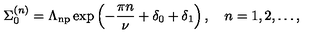
\Sigma _ { 0 } ^ { ( n ) } = \Lambda _ { \mathrm { n p } } \exp \left( - \frac { \pi n } { \nu } + \delta _ { 0 } + \delta _ { 1 } \right) , \quad n = 1 , 2 , \dots ,